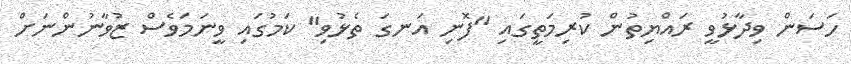
ހަސަން ވިދާޅުވީ ރައްޔިތުން ކުރިމަތީގައި "ފޮނި އަނގަ ތެޅުވި" ކަމުގައި ވީނަމަވެސް ޒުވާނުންނަށް